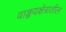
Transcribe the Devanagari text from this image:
वाङ्मयक्षेत्रातील